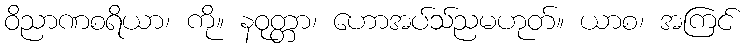
ဝိညာဏစရိယာ၊ ကို။ နဝုတ္တာ၊ ဟောအပ်သ်ညမဟုတ်။ ယာစ၊ အကြင်